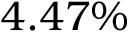
4 . 4 7 \%